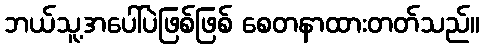
ဘယ်သူ့အပေါ်ပဲဖြစ်ဖြစ် စေတနာထားတတ်သည်။